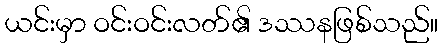
ယင်းမှာ ဝင်းဝင်းလတ်၏ ဒဿနဖြစ်သည်။